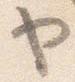
ヤ